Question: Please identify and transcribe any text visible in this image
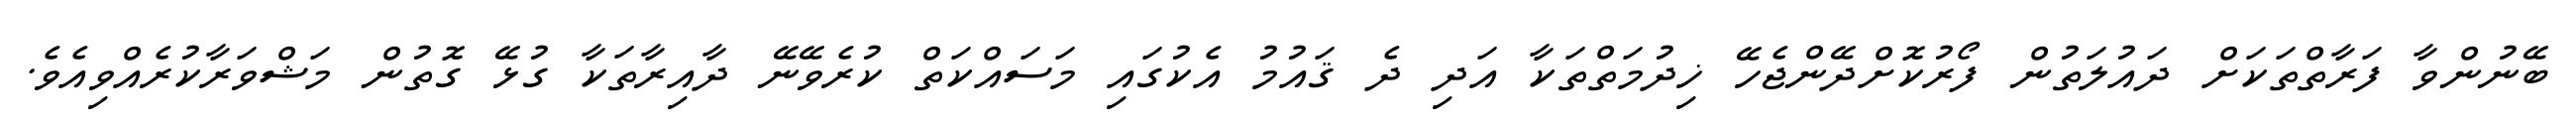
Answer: ބޭނުންވާ ފަރާތްތަކަށް ދައުލަތުން ފޯރުކޮށްދޭންޖެހޭ ޚިދުމަތްތަކާ އަދި ދެ ޤައުމު އެކުގައި މަސައްކަތް ކުރެވޭނޭ ދާއިރާތަކާ ގުޅޭ ގޮތުން މަޝްވަރާކުރެއްވިއެވެ.